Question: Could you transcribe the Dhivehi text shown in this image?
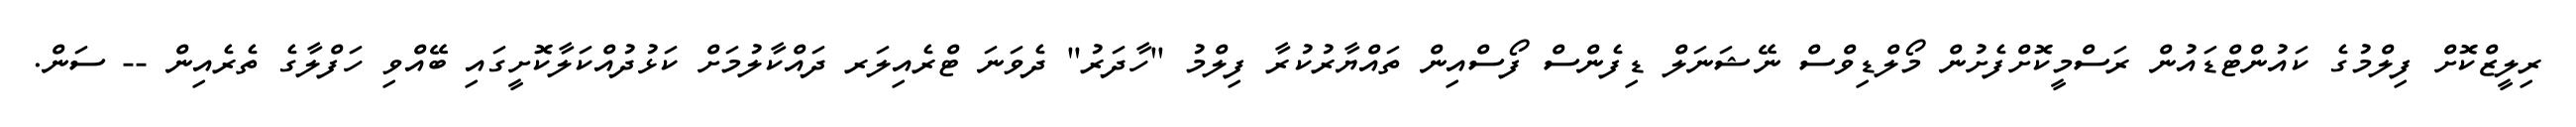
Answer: ރިލީޒްކޮށް ފިލްމުގެ ކައުންޓްޑައުން ރަސްމީކޮށްފެށުން މޯލްޑިވްސް ނޭޝަނަލް ޑިފެންސް ފޯސްއިން ތައްޔާރުކުރާ ފިލްމު "ހާދަރު" ދެވަނަ ޓްރެއިލަރ ދައްކާލުމަށް ކަޅުދުއްކަލާކޮށީގައި ބޭއްވި ހަފްލާގެ ތެރެއިން -- ސަން.